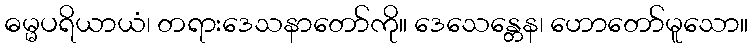
ဓမ္မပရိယာယံ၊ တရားဒေသနာတော်ကို။ ဒေသေန္တေန၊ ဟောတော်မူသော။